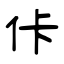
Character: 佧